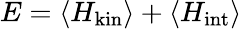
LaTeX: E=\langle H_{\mathrm{kin}}\rangle+\langle H_{\mathrm{int}}\rangle